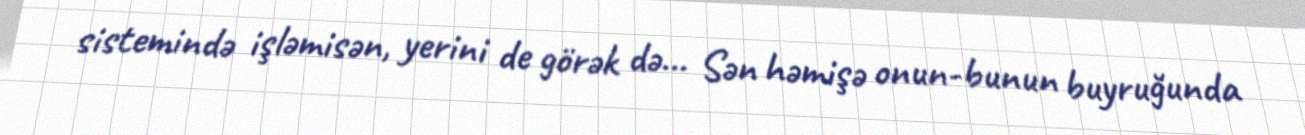
sistemində işləmisən, yerini de görək də... Sən həmişə onun-bunun buyruğunda